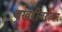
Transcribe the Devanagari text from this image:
बखरीबरोबर